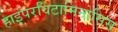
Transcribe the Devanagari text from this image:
हाइपरविटामिनोसिस